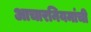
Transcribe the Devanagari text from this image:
आचारनियमांची